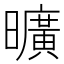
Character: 曠